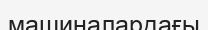
машиналардағы